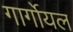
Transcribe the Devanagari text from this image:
गार्गोयल